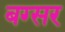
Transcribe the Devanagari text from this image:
बग्सर